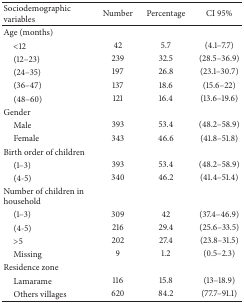
<table><thead><tr><td><b>Sociodemographic variables </b></td><td><b>Number</b></td><td><b>Percentage</b></td><td><b>CI 95%</b></td></tr></thead><tbody><tr><td>Age (months)</td><td> </td><td> </td><td> </td></tr><tr><td> &lt;12</td><td>42</td><td>5.7</td><td>(4.1–7.7)</td></tr><tr><td> (12–23)</td><td>239</td><td>32.5</td><td>(28.5–36.9)</td></tr><tr><td> (24–35)</td><td>197</td><td>26.8</td><td>(23.1–30.7)</td></tr><tr><td> (36–47)</td><td>137</td><td>18.6</td><td>(15.6–22)</td></tr><tr><td> (48–60)</td><td>121</td><td>16.4</td><td>(13.6–19.6)</td></tr><tr><td>Gender</td><td> </td><td> </td><td> </td></tr><tr><td> Male</td><td>393</td><td>53.4</td><td>(48.2–58.9)</td></tr><tr><td> Female</td><td>343</td><td>46.6</td><td>(41.8–51.8)</td></tr><tr><td>Birth order of children</td><td> </td><td> </td><td> </td></tr><tr><td> (1–3)</td><td>393</td><td>53.4</td><td>(48.2–58.9)</td></tr><tr><td> (4-5)</td><td>340</td><td>46.2</td><td>(41.4–51.4)</td></tr><tr><td>Number of children in household</td><td> </td><td> </td><td> </td></tr><tr><td> (1–3)</td><td>309</td><td>42</td><td>(37.4–46.9)</td></tr><tr><td> (4-5)</td><td>216</td><td>29.4</td><td>(25.6–33.5)</td></tr><tr><td> &gt;5</td><td>202</td><td>27.4</td><td>(23.8–31.5)</td></tr><tr><td> Missing</td><td>9</td><td>1.2</td><td>(0.5–2.3)</td></tr><tr><td>Residence zone</td><td> </td><td> </td><td> </td></tr><tr><td> Lamarame</td><td>116</td><td>15.8</td><td>(13–18.9)</td></tr><tr><td> Others villages</td><td>620</td><td>84.2</td><td>(77.7–91.1)</td></tr></tbody></table>